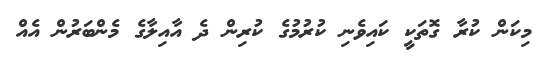
މިކަން ކުރާ ގޮތަކީ ކައިވެނި ކުރުމުގެ ކުރިން ދެ އާއިލާގެ މެންބަރުން އެއް